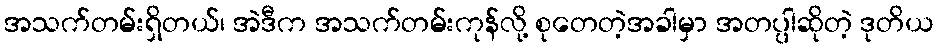
အသက်တမ်းရှိတယ်၊ အဲဒီက အသက်တမ်းကုန်လို့ စုတေတဲ့အခါမှာ အတပ္ပါဆိုတဲ့ ဒုတိယ